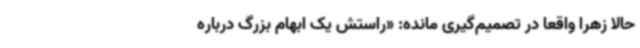
حالا زهرا واقعاً در تصمیم‌گیری مانده: «راستش یک ابهام بزرگ درباره